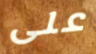
على